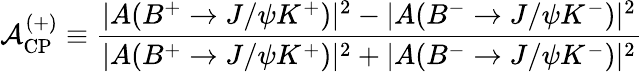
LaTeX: {\cal A}_{\mathrm{CP}}^{(+)}\equiv\frac{|A(B^{+}\to J/\psi K^{+})|^{2}-|A(B^{-}\to J/\psi K^{-})|^{2}}{|A(B^{+}\to J/\psi K^{+})|^{2}+|A(B^{-}\to J/\psi K^{-})|^{2}}